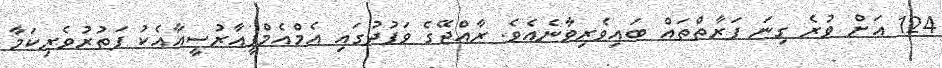
124 އަށް ވުރެ ގިނަ ފަރާތްތައް ބައިވެރިވާނެއެވެ. ރާއްޖޭގެ ވަފުދުގައި އެމްއެމްޕީއާރުސީއާއެކު ފަތުރުވެރިކަމާ